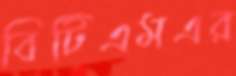
বিটিএমএর